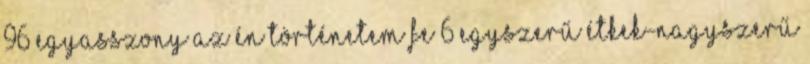
96 EGYASSZONY az én történetem fe 6 EGYSZERŰ ÉTKEK-NAGYSZERŰ